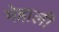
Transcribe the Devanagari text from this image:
मेहाली